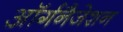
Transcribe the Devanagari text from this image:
ऑर्गनैजेशन